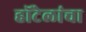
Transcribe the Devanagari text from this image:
हॉटेलांचा